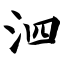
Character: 泗